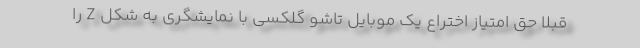
قبلا حق امتیاز اختراع یک موبایل تاشو گلکسی با نمایشگری به شکل Z را